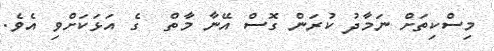
މިސްކިތަށް ނަމާދު ކުރަން ގޮސް އޭނާ މާތް  ގެ އަޅަކަށްވި އެވެ.